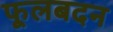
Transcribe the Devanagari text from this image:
फूलबदन